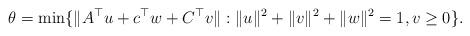
LaTeX: \begin{align*}\theta=\min\{\|A^\top u+c^\top w+C^\top v\|: \|u\|^2+\|v\|^2+\|w\|^2=1, v\geq 0\}.\end{align*}